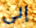
إلى